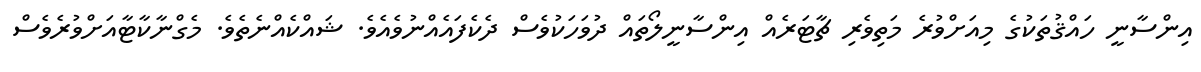
އިންސާނީ ހައްޤުތަކުގެ މިއަށްވުރެ މަތިވެރި ޗާޓަރެއް އިންސާނީލޯތައް ދުވަހަކުވެސް ދެކެފައެއްނުވެއެވެ. ޝައްކެއްނެތެވެ. މެގްނާކާޓާއަށްވުރެވެސް